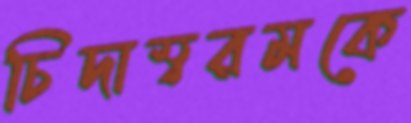
চিদাম্বরমকে